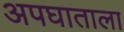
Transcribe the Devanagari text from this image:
अपघाताला